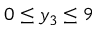
0 \leq y _ { 3 } \leq 9